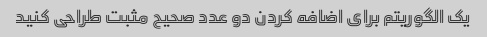
یک الگوریتم برای اضافه کردن دو عدد صحیح مثبت طراحی کنید